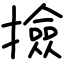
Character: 撿